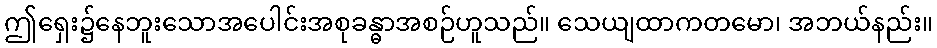
ဤရှေး၌နေဘူးသောအပေါင်းအစုခန္ဓာအစဉ်ဟူသည်။ သေယျထာကတမော၊ အဘယ်နည်း။